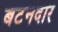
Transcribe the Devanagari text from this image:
बटनदार